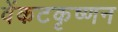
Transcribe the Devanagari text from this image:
वेंकटकृष्णन